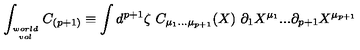
\int _ { w o r l d \atop v o l } C _ { ( p + 1 ) } \equiv \int d ^ { p + 1 } \zeta \ C _ { \mu _ { 1 } . . . \mu _ { p + 1 } } ( X ) \ \partial _ { 1 } X ^ { \mu _ { 1 } } . . . \partial _ { { p + 1 } } X ^ { \mu _ { p + 1 } }